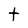
Character: t